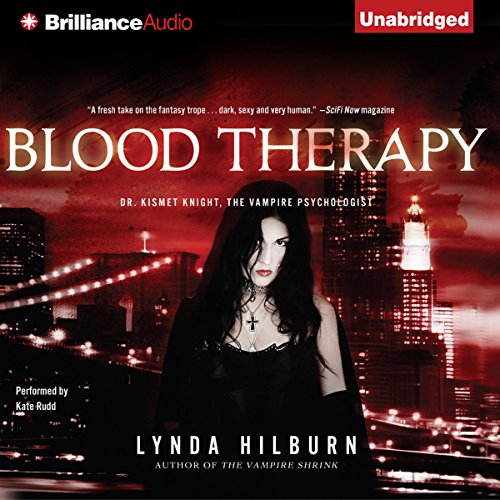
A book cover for Blood Therapy: Kismet Knight, Vampire Psychologist, Book 2; Lynda Hilburn; Romance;